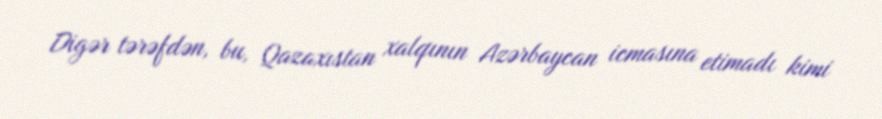
Digər tərəfdən, bu, Qazaxıstan xalqının Azərbaycan icmasına etimadı kimi